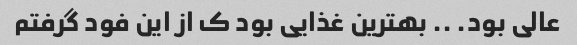
عالی بود. ‌.. بهترین غذایی بود ک از این فود گرفتم